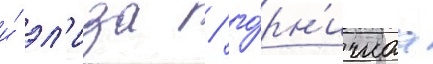
и́ эл'иза / го́рн'ичнаа